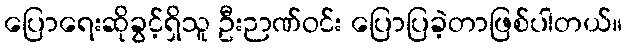
ပြောရေးဆိုခွင့်ရှိသူ ဦးဉာဏ်ဝင်း ပြောပြခဲ့တာဖြစ်ပါတယ်။